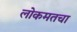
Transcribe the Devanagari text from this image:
लोकमतचा